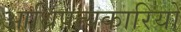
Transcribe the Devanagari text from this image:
आधिपत्यकारियों